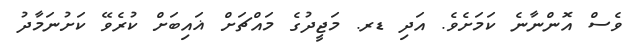
ވެސް އޮންނާނެ ކަމަށެވެ. އަދި ޑރ. މަޖީދުގެ މައްޗަށް ޣައިބަށް ކުރެވޭ ކަށުނަމާދު